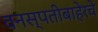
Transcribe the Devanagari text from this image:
वनस्पतीबाहेरचे